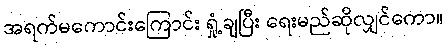
အရက်မကောင်းကြောင်း ရှုံ့ချပြီး ရေးမည်ဆိုလျှင်ကော။